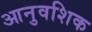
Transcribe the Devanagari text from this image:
आनुवशिक